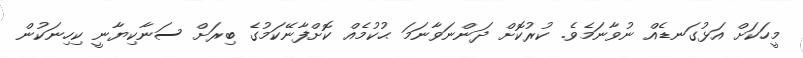
މީހަކަށް އަޅުގަނޑެއް ނުވާނަމެވެ. ކުރުކޮށް ދަންނަވާނަމަ ޙުކުމެއް ކޮށްފާނޭކަމުގެ ބިރަށް ސަނާކިޔާނީ ކިހިނަކުން